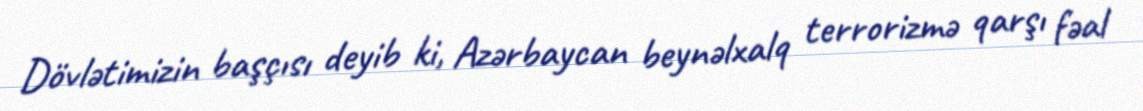
Dövlətimizin başçısı deyib ki, Azərbaycan beynəlxalq terrorizmə qarşı fəal